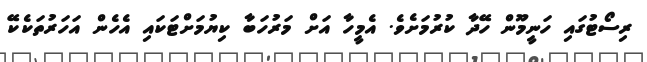
ރިސޯޓުގައި ހަނީމޫން ހޭދާ ކުރުމަށެވެ. އެމީހާ އަށް މަރުހަބާ ކިޔުމަށްޓަކައި އެހެން އަހަރުތަކެކޭ